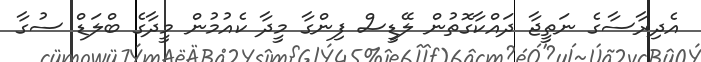
އެދިރާސާގެ ނަތީޖާ ދައްކާގޮތުން ލޭޑީސް ފިންގާ މީދާ ކެއުމުން މީދާގެ ބްލަޑް ސުގާ